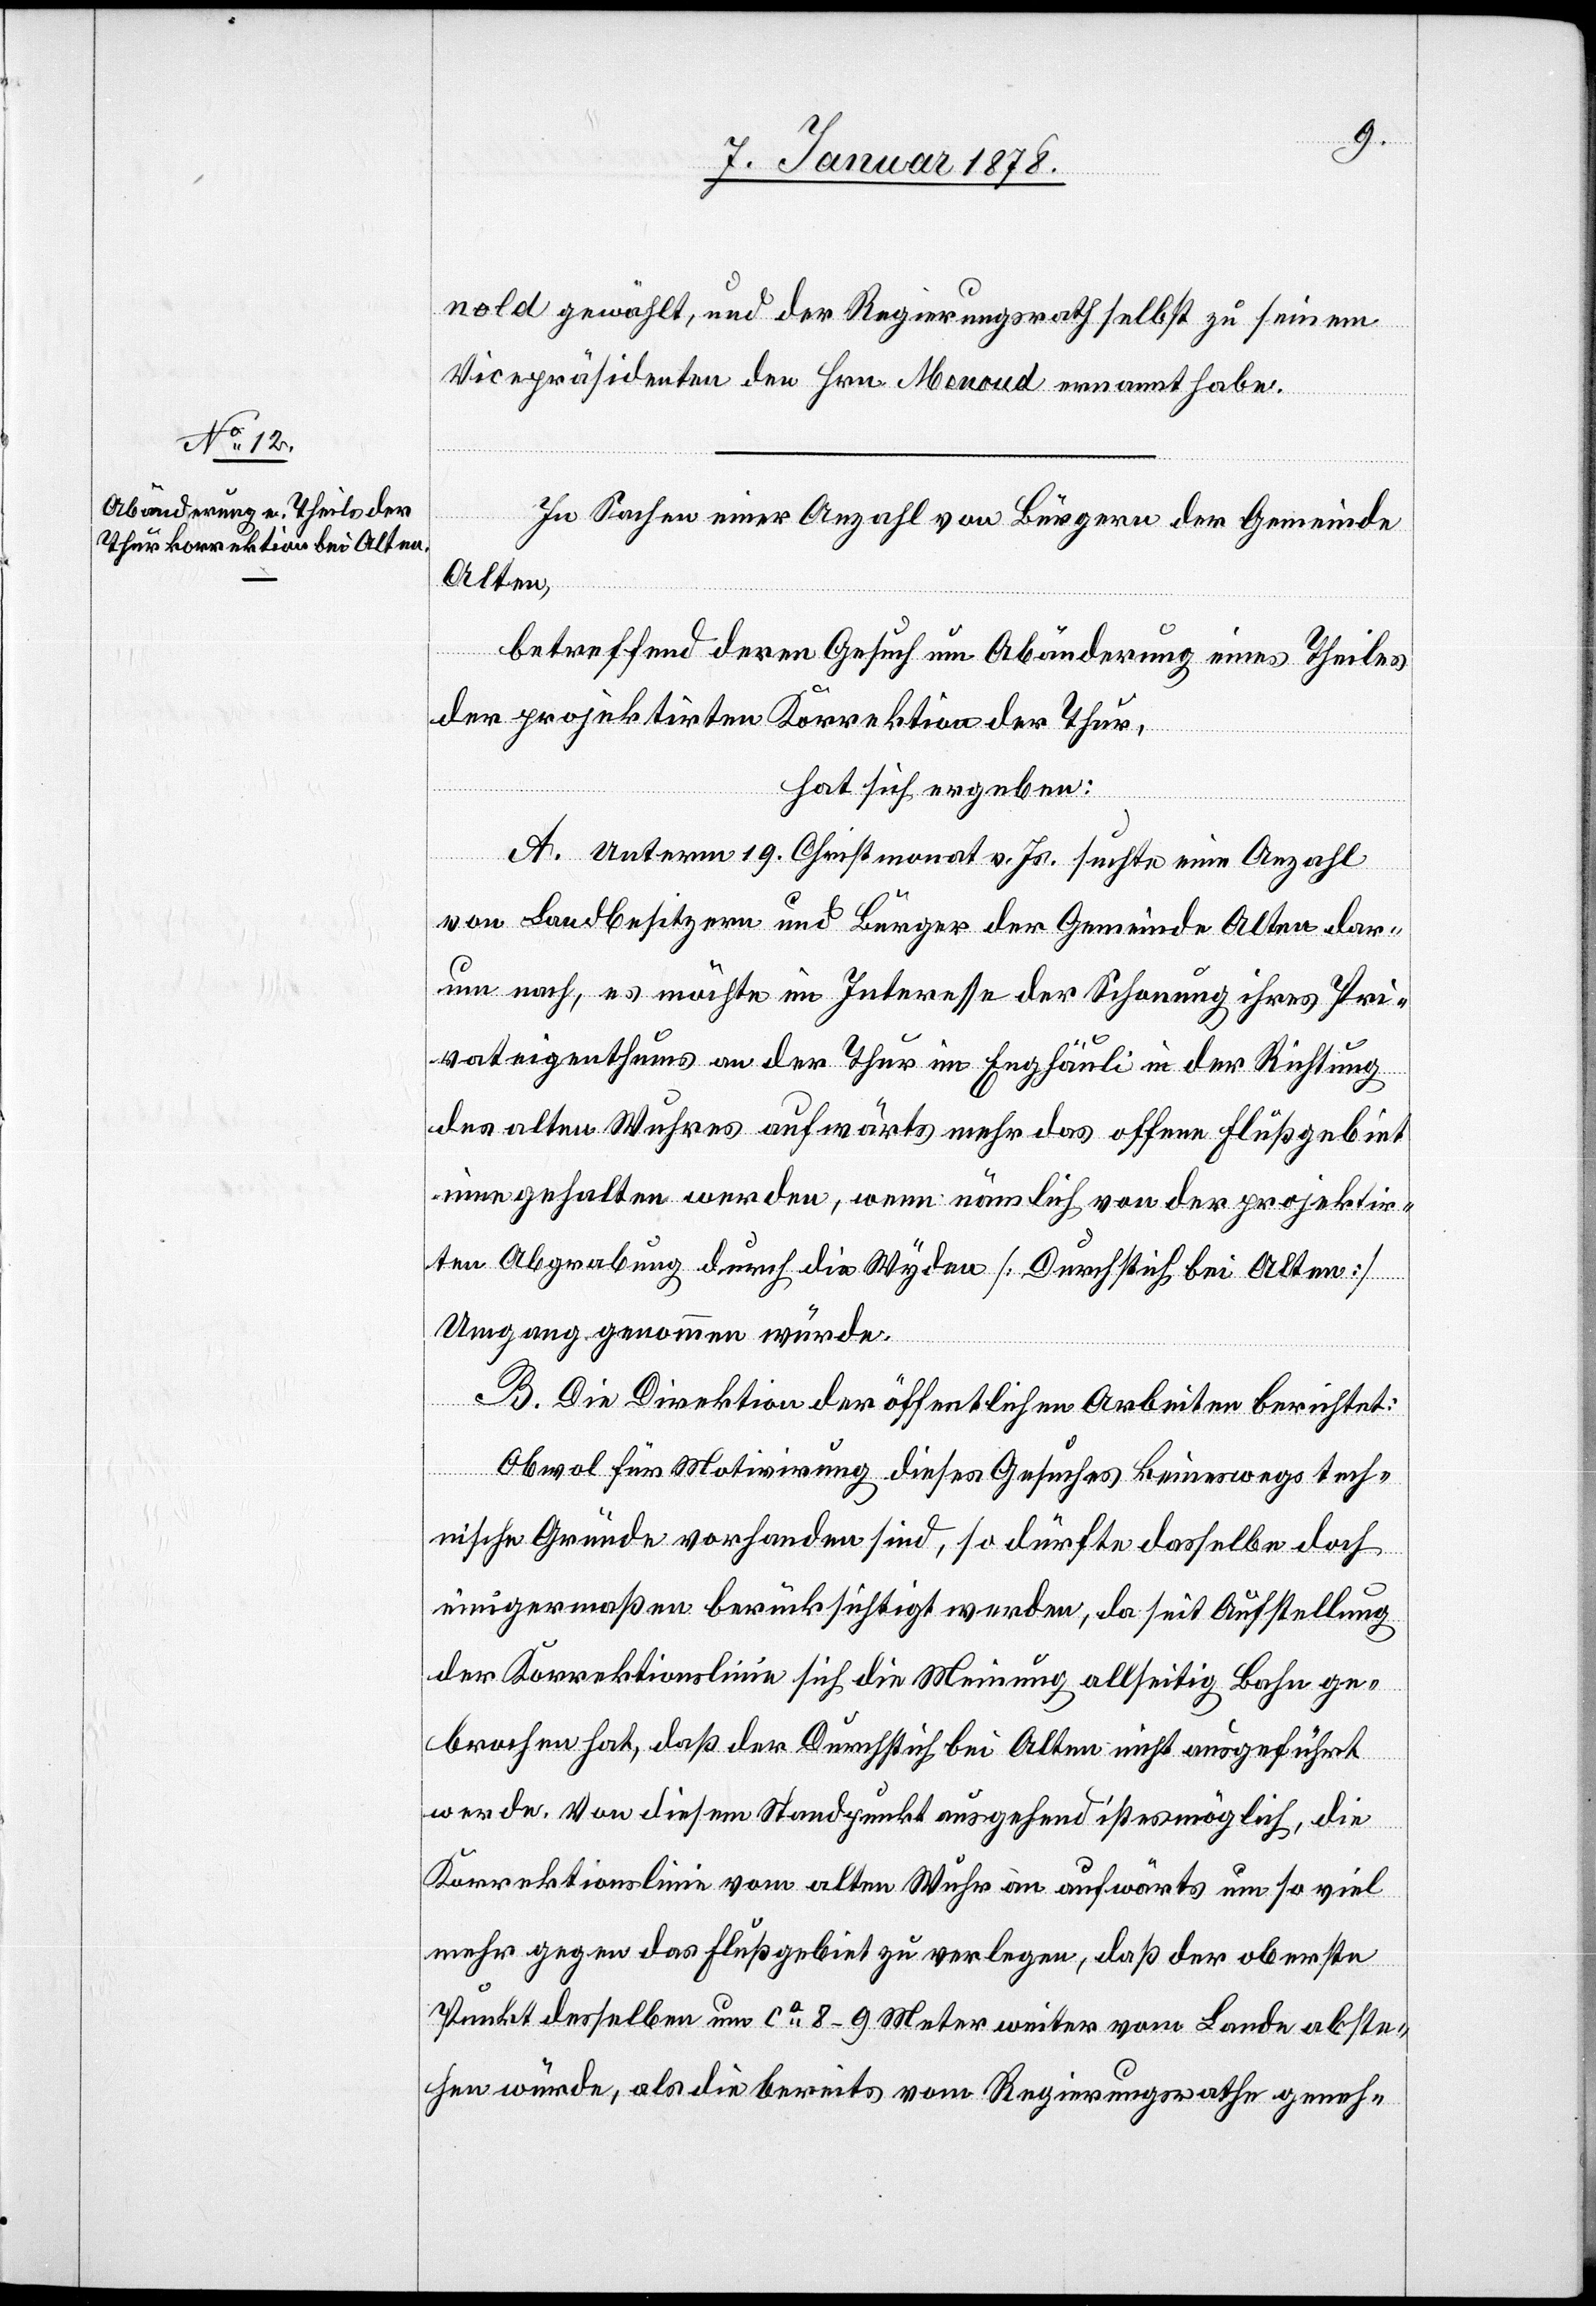
nold gewählt, und der Regierungsrath selbst zu seinem
Vicepräsidenten den Hrn. Menoud ernannt habe.
In Sachen einer Anzahl von Bürgern der Gemeinde
Alten,
betreffend deren Gesuch um Abänderung eines Theiles
der projektirten Korrektion der Thur,
hat sich ergeben:
A. Unterm 19. Christmonat v. Js. suchte eine Anzahl
von Landbesitzern und Bürger der Gemeinde Alten dar¬
um nach, es möchte im Interesse der Schonung ihres Pri¬
vateigenthums an der Thur im Enghäuli in der Richtung
des alten Wuhres aufwärts mehr das offene Flußgebiet
inne gehalten werden, wenn nämlich von der projektir¬
ten Abgrabung durch die Wyden [Durchstich bei Alten]
Umgang genommen würde.
B. Die Direktion der öffentlichen Arbeiten berichtet:
Obwol für Motivirung dieses Gesuches keineswegs tech¬
nische Gründe vorhanden sind, so dürfte dasselbe doch
einigermaßen berücksichtigt werden, da seit Aufstellung
der Korrektionslinie sich die Meinung allseitig Bahn ge¬
brochen hat, daß der Durchstich bei Alten nicht ausgeführt
werde. Von diesem Standpunkt ausgehend ist es möglich, die
Korrektionslinie vom alten Wuhr an aufwärts um so viel
mehr gegen das Flußgebiet zu verlegen, daß der oberste
Punkt desselben um ca 8–9 Meter weiter vom Lande abste¬
hen würde, als die bereits vom Regierungsrathe geneh-